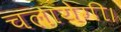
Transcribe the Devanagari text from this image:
चलायेगी।